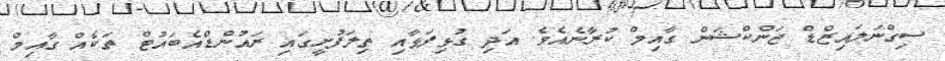
ސިގްނަލައިޒްޑް ޖަންކްޝަން ގާއިމް ކުރާނެއެވެ. އަދި ގުޅިފަޅާއި ތިލަފުށީގައި ރައުންޑްއެބައުޓް ތަކެއް ގާއިމް